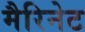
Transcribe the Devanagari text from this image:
मैरिनेट